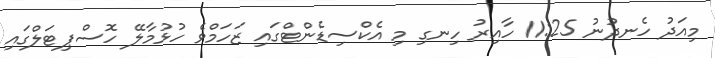
މިއަދު ހެނދުނު 11:25 ހާއިރު ހިނގި މި އެކްސިޑެންޓްގައި ޒަހަމްވެ ހުޅުމާލޭ ހޮސްޕިޓަލްގައި